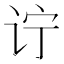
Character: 𲂇